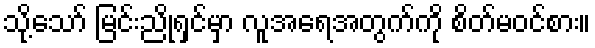
သို့သော် မြင်းညိုရှင်မှာ လူအရေအတွက်ကို စိတ်မဝင်စား။